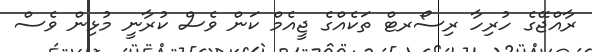
ރާއްޖޭގެ ހުރިހާ ރިސޯރޓް ތަކެއްގެ ޖީއެމް ކަން ވެސް ކުރާނީ މުޅިން ވެސް